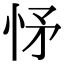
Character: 𢘕